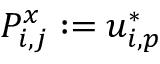
P _ { i , j } ^ { x } : = u _ { i , p } ^ { * }